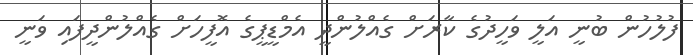
ފުލުހުން ބުނީ އަލީ ވަހީދުގެ ކާރަށް ގެއްލުންދީ އެމްޑީޕީގެ އޮފީހަށް ގެއްލުންދީފައި ވަނީ